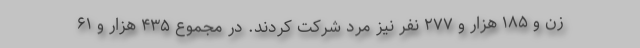
زن و ۱۸۵ هزار و ۲۷۷ نفر نیز مرد شرکت کردند. در مجموع ۴۳۵ هزار و ۶۱